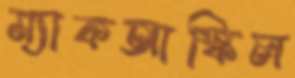
ম্যাকআস্কিল